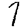
Digit: 7